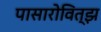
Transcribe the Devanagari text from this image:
पासारोवित्झ